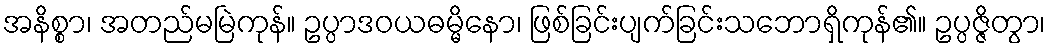
အနိစ္စာ၊ အတည်မမြဲကုန်။ ဥပ္ပာဒဝယဓမ္မိနော၊ ဖြစ်ခြင်းပျက်ခြင်းသဘောရှိကုန်၏။ ဥပ္ပဇ္ဇိတွာ၊